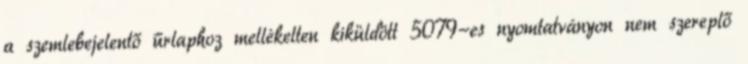
a szemlebejelentő űrlaphoz mellékelten kiküldött 5079-es nyomtatványon nem szereplő